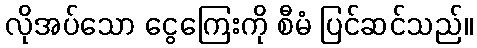
လိုအပ်သော ငွေကြေးကို စီမံ ပြင်ဆင်သည်။